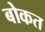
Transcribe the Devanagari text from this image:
बोकत